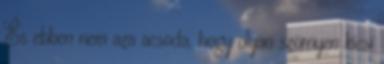
És ebben nem aza acsoda, hogy olyan szörnyen kicsi